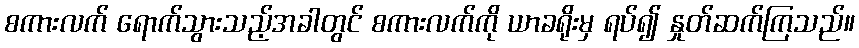
စကားလက် ရောက်သွားသည့်အခါတွင် စကားလက်ကို ယာခရိုးမှ ရပ်၍ နှုတ်ဆက်ကြသည်။